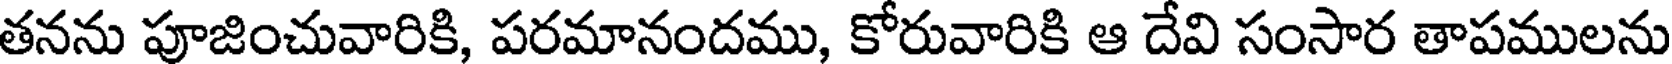
తనను పూజించువారికి, పరమానందము, కోరువారికి ఆ దేవి సంసార తాపములను